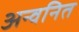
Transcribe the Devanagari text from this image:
अन्वनित